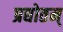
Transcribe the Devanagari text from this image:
प्रद्योतम्